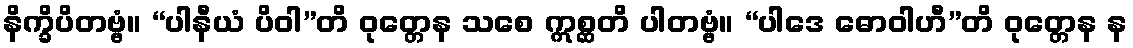
နိက္ခိပိတဗ္ဗံ။ “ပါနီယံ ပိဝါ”တိ ဝုတ္တေန သစေ ဣစ္ဆတိ ပါတဗ္ဗံ။ “ပါဒေ ဓောဝါဟီ”တိ ဝုတ္တေန န